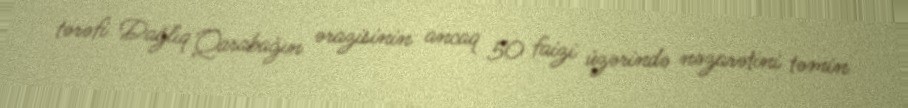
tərəfi Dağlıq Qarabağın ərazisinin ancaq 50 faizi üzərində nəzarətini təmin